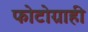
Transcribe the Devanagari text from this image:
फोटोग्राही